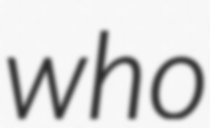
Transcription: who